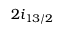
2 i _ { 1 3 / 2 }